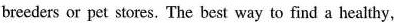
breeders or pet stores. The best way to find a healthy,